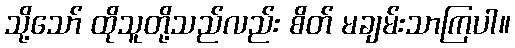
သို့သော် ထိုသူတို့သည်လည်း စိတ် မချမ်းသာကြပါ။